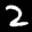
Label: 2